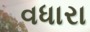
વધારા